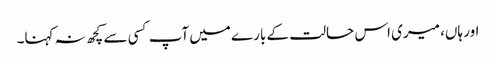
اور ہاں، میری اس حالت کے بارے میں آپ کسی سے کچھ نہ کہنا۔